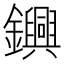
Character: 𨯵